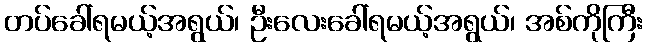
တပ်ခေါ်ရမယ့်အရွယ်၊ ဦးလေးခေါ်ရမယ့်အရွယ်၊ အစ်ကိုကြီး